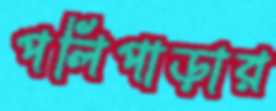
পলিপাড়ার